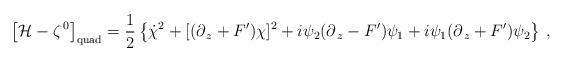
LaTeX: \begin{align*}\left[{\cal H}-\zeta^{\,0}\right]_{\rm quad} =\frac{1}{2}\left\{\dot \chi^2+[(\partial_{\,z} +F^\prime)\chi]^2+i\psi_2(\partial_{\,z} - F^\prime)\psi_1 +i \psi_1(\partial_{\,z} +F^\prime)\psi_2\right\}\,,\end{align*}